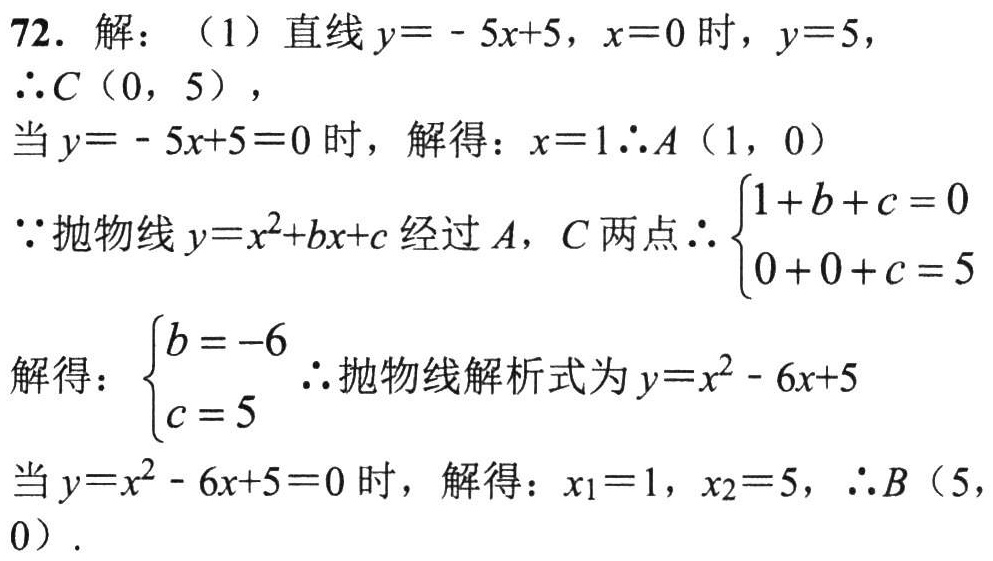
72. 解：（1）直线\(y = - 5x + 5\)，\(x = 0\)时，\(y = 5\)，
\(\therefore C(0,5)\)，
当\(y = - 5x + 5 = 0\)时，解得：\(x = 1\therefore A(1,0)\)
\(\because\)抛物线\(y = x^{2}+bx + c\)经过\(A\)，\(C\)两点\(\therefore\begin{cases}1 + b + c = 0\\0 + 0 + c = 5\end{cases}\)
解得：\(\begin{cases}b = - 6\\c = 5\end{cases}\) \(\therefore\)抛物线解析式为\(y = x^{2}-6x + 5\)
当\(y = x^{2}-6x + 5 = 0\)时，解得：\(x_{1}=1\)，\(x_{2}=5\)，\(\therefore B(5,0)\).